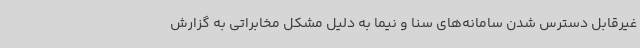
غیرقابل دسترس شدن سامانه‌های سنا و نیما به دلیل مشکل مخابراتی به گزارش